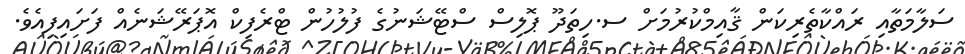
ސަލާމަތާއި ރައްކާތެރިކަން ޤާއިމްކުރުމަށް ސ.ހިތަދޫ ޕޮލިސް ސްޓޭޝަނުގެ ފުލުހުން ޓްރެފިކް އޮޕަރޭޝަނެއް ފަށައިފިއެވެ.